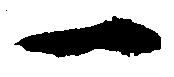
一